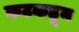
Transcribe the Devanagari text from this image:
कटकहून